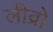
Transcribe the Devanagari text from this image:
लीव्रो